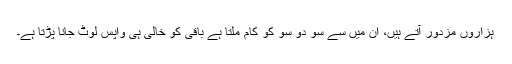
ہزاروں مزدور آتے ہیں، ان میں سے سو دو سو کو کام ملتا ہے باقی کو خالی ہی واپس لوٹ جانا پڑتا ہے۔